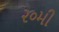
૨૦મી